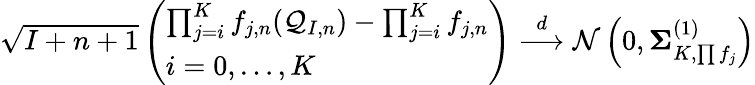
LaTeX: \begin{array}{r}{\sqrt{I+n+1}\left(\begin{array}{l}{\prod_{j=i}^{K}f_{j,n}(\mathcal{Q}_{I,n})-\prod_{j=i}^{K}f_{j,n}}\\ {i=0,\ldots,K}\end{array}\right)\overset{d}{\longrightarrow}\mathcal{N}\left(0,\mathbf{\Sigma}_{K,\prod f_{j}}^{(1)}\right)}\end{array}